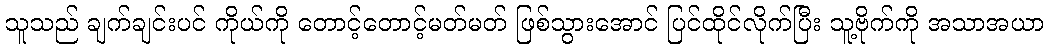
သူသည် ချက်ချင်းပင် ကိုယ်ကို တောင့်တောင့်မတ်မတ် ဖြစ်သွားအောင် ပြင်ထိုင်လိုက်ပြီး သူ့ဗိုက်ကို အသာအယာ